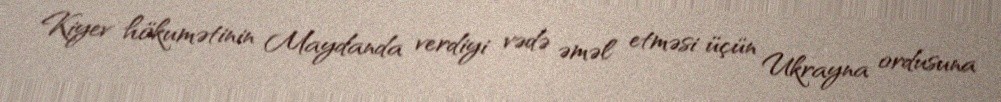
Kiyev hökumətinin Maydanda verdiyi vədə əməl etməsi üçün Ukrayna ordusuna